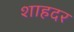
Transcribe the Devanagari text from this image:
शाहदर